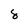
Character: 8